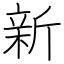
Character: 新